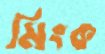
মিংক